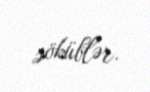
söküblər.